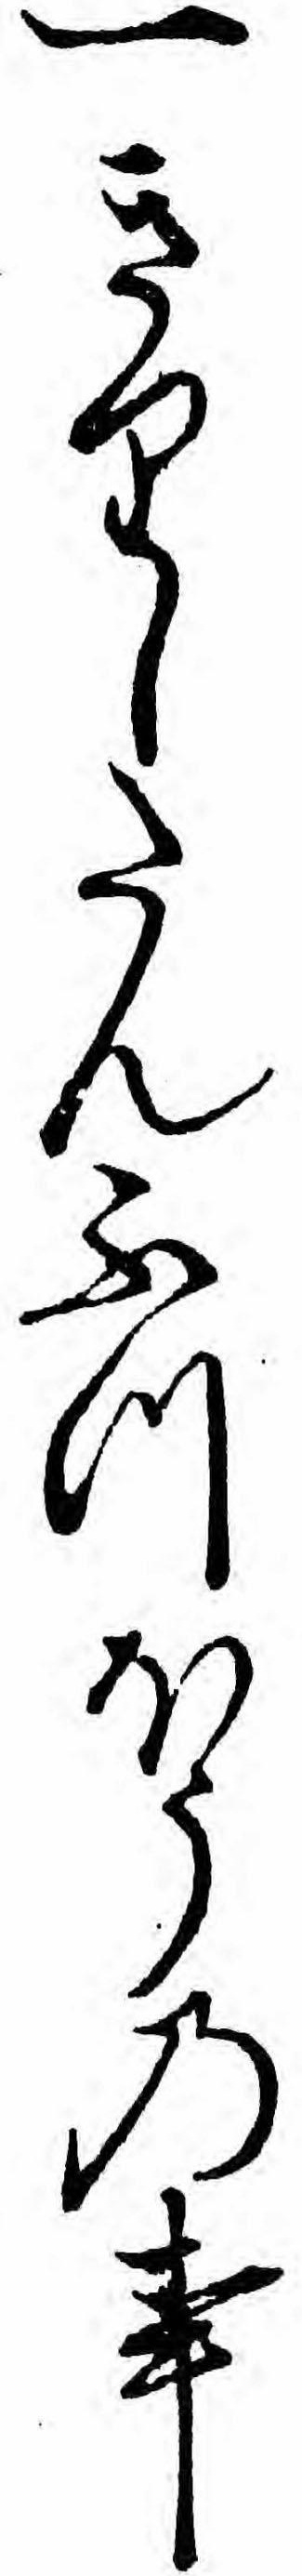
一きりしたんふつほうの事